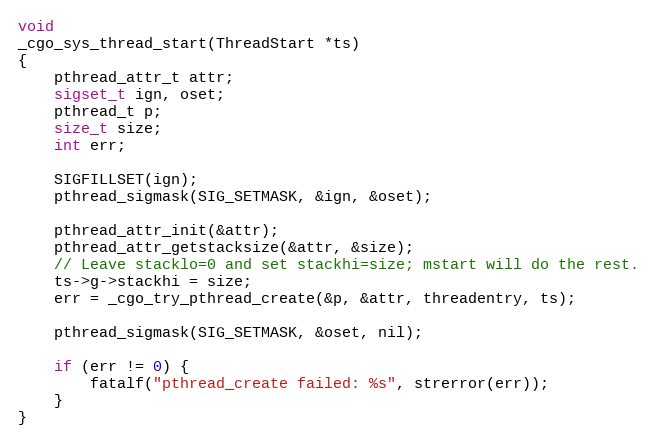
Language: C
void
_cgo_sys_thread_start(ThreadStart *ts)
{
	pthread_attr_t attr;
	sigset_t ign, oset;
	pthread_t p;
	size_t size;
	int err;

	SIGFILLSET(ign);
	pthread_sigmask(SIG_SETMASK, &ign, &oset);

	pthread_attr_init(&attr);
	pthread_attr_getstacksize(&attr, &size);
	// Leave stacklo=0 and set stackhi=size; mstart will do the rest.
	ts->g->stackhi = size;
	err = _cgo_try_pthread_create(&p, &attr, threadentry, ts);

	pthread_sigmask(SIG_SETMASK, &oset, nil);

	if (err != 0) {
		fatalf("pthread_create failed: %s", strerror(err));
	}
}